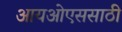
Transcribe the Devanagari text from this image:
आयओएससाठी